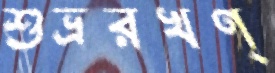
শুভ্ররখণ্